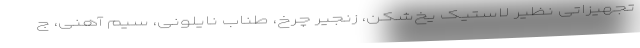
تجهیزاتی نظیر لاستیک یخ‌شکن، زنجیر چرخ، طناب نایلونی، سیم آهنی، ج